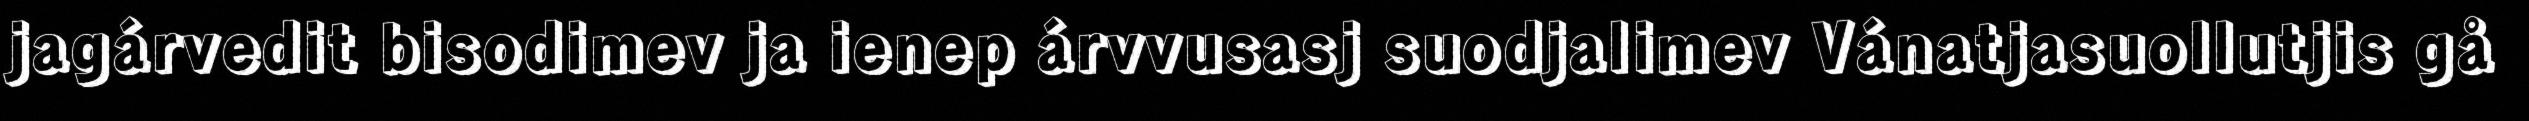
jagárvedit bisodimev ja ienep árvvusasj suodjalimev Vánatjasuollutjis gå